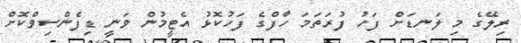
ރިލޭގެ މި ލަނޑަށް ފަހު ފުރަތަމަ ހާފްގެ ފަހުކޮޅު އެޓީމުން ވަނީ ޑިފެންސިވްކޮށް